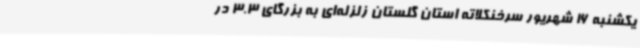
یکشنبه 16 شهریور سرخنکلاته استان گلستان زلزله‌ای به بزرگای 3.3 در